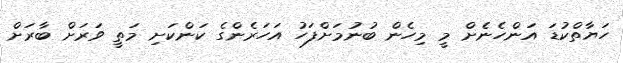
ހަޔާތްކުޑަ އަންހެނެެށް މީ މިހެން ބުނުމަށްފަހު އަހަރެންގެ ކަންކަށި މަތީ ވަރަށް ބާރަށް